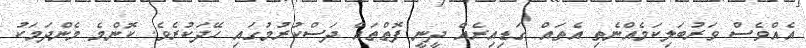
އެއްވެސް ވަރުބަލިކަމެއްނެތި އެތައް ގަޑިއިރެއް ދީނީ ފޮތްތައް ދަސްކުރުމުގައި ހޭދަކުރެވެ. ކޮންމެ މެންދަމަކު